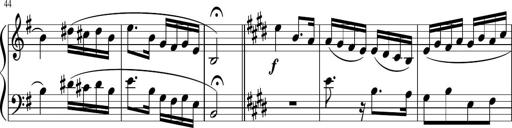
Title: 12 Keyboard Sonatinas
Composer: James Hook